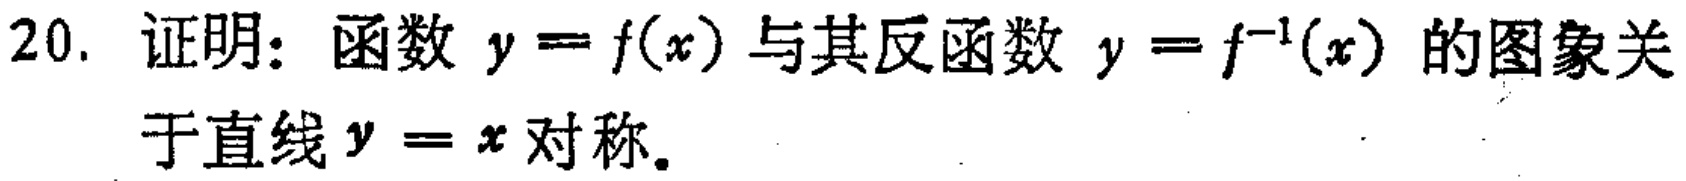
20. 证明：函数 \(y = f(x)\) 与其反函数 \(y = f^{-1}(x)\) 的图象关于直线 \(y = x\) 对称。